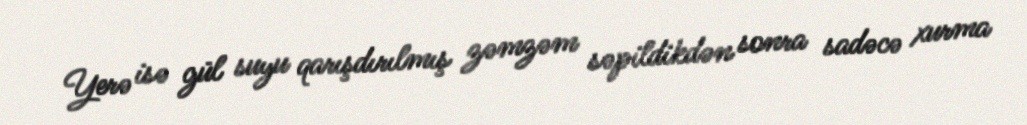
Yerə isə gül suyu qarışdırılmış zəmzəm səpildikdən sonra sadəcə xurma